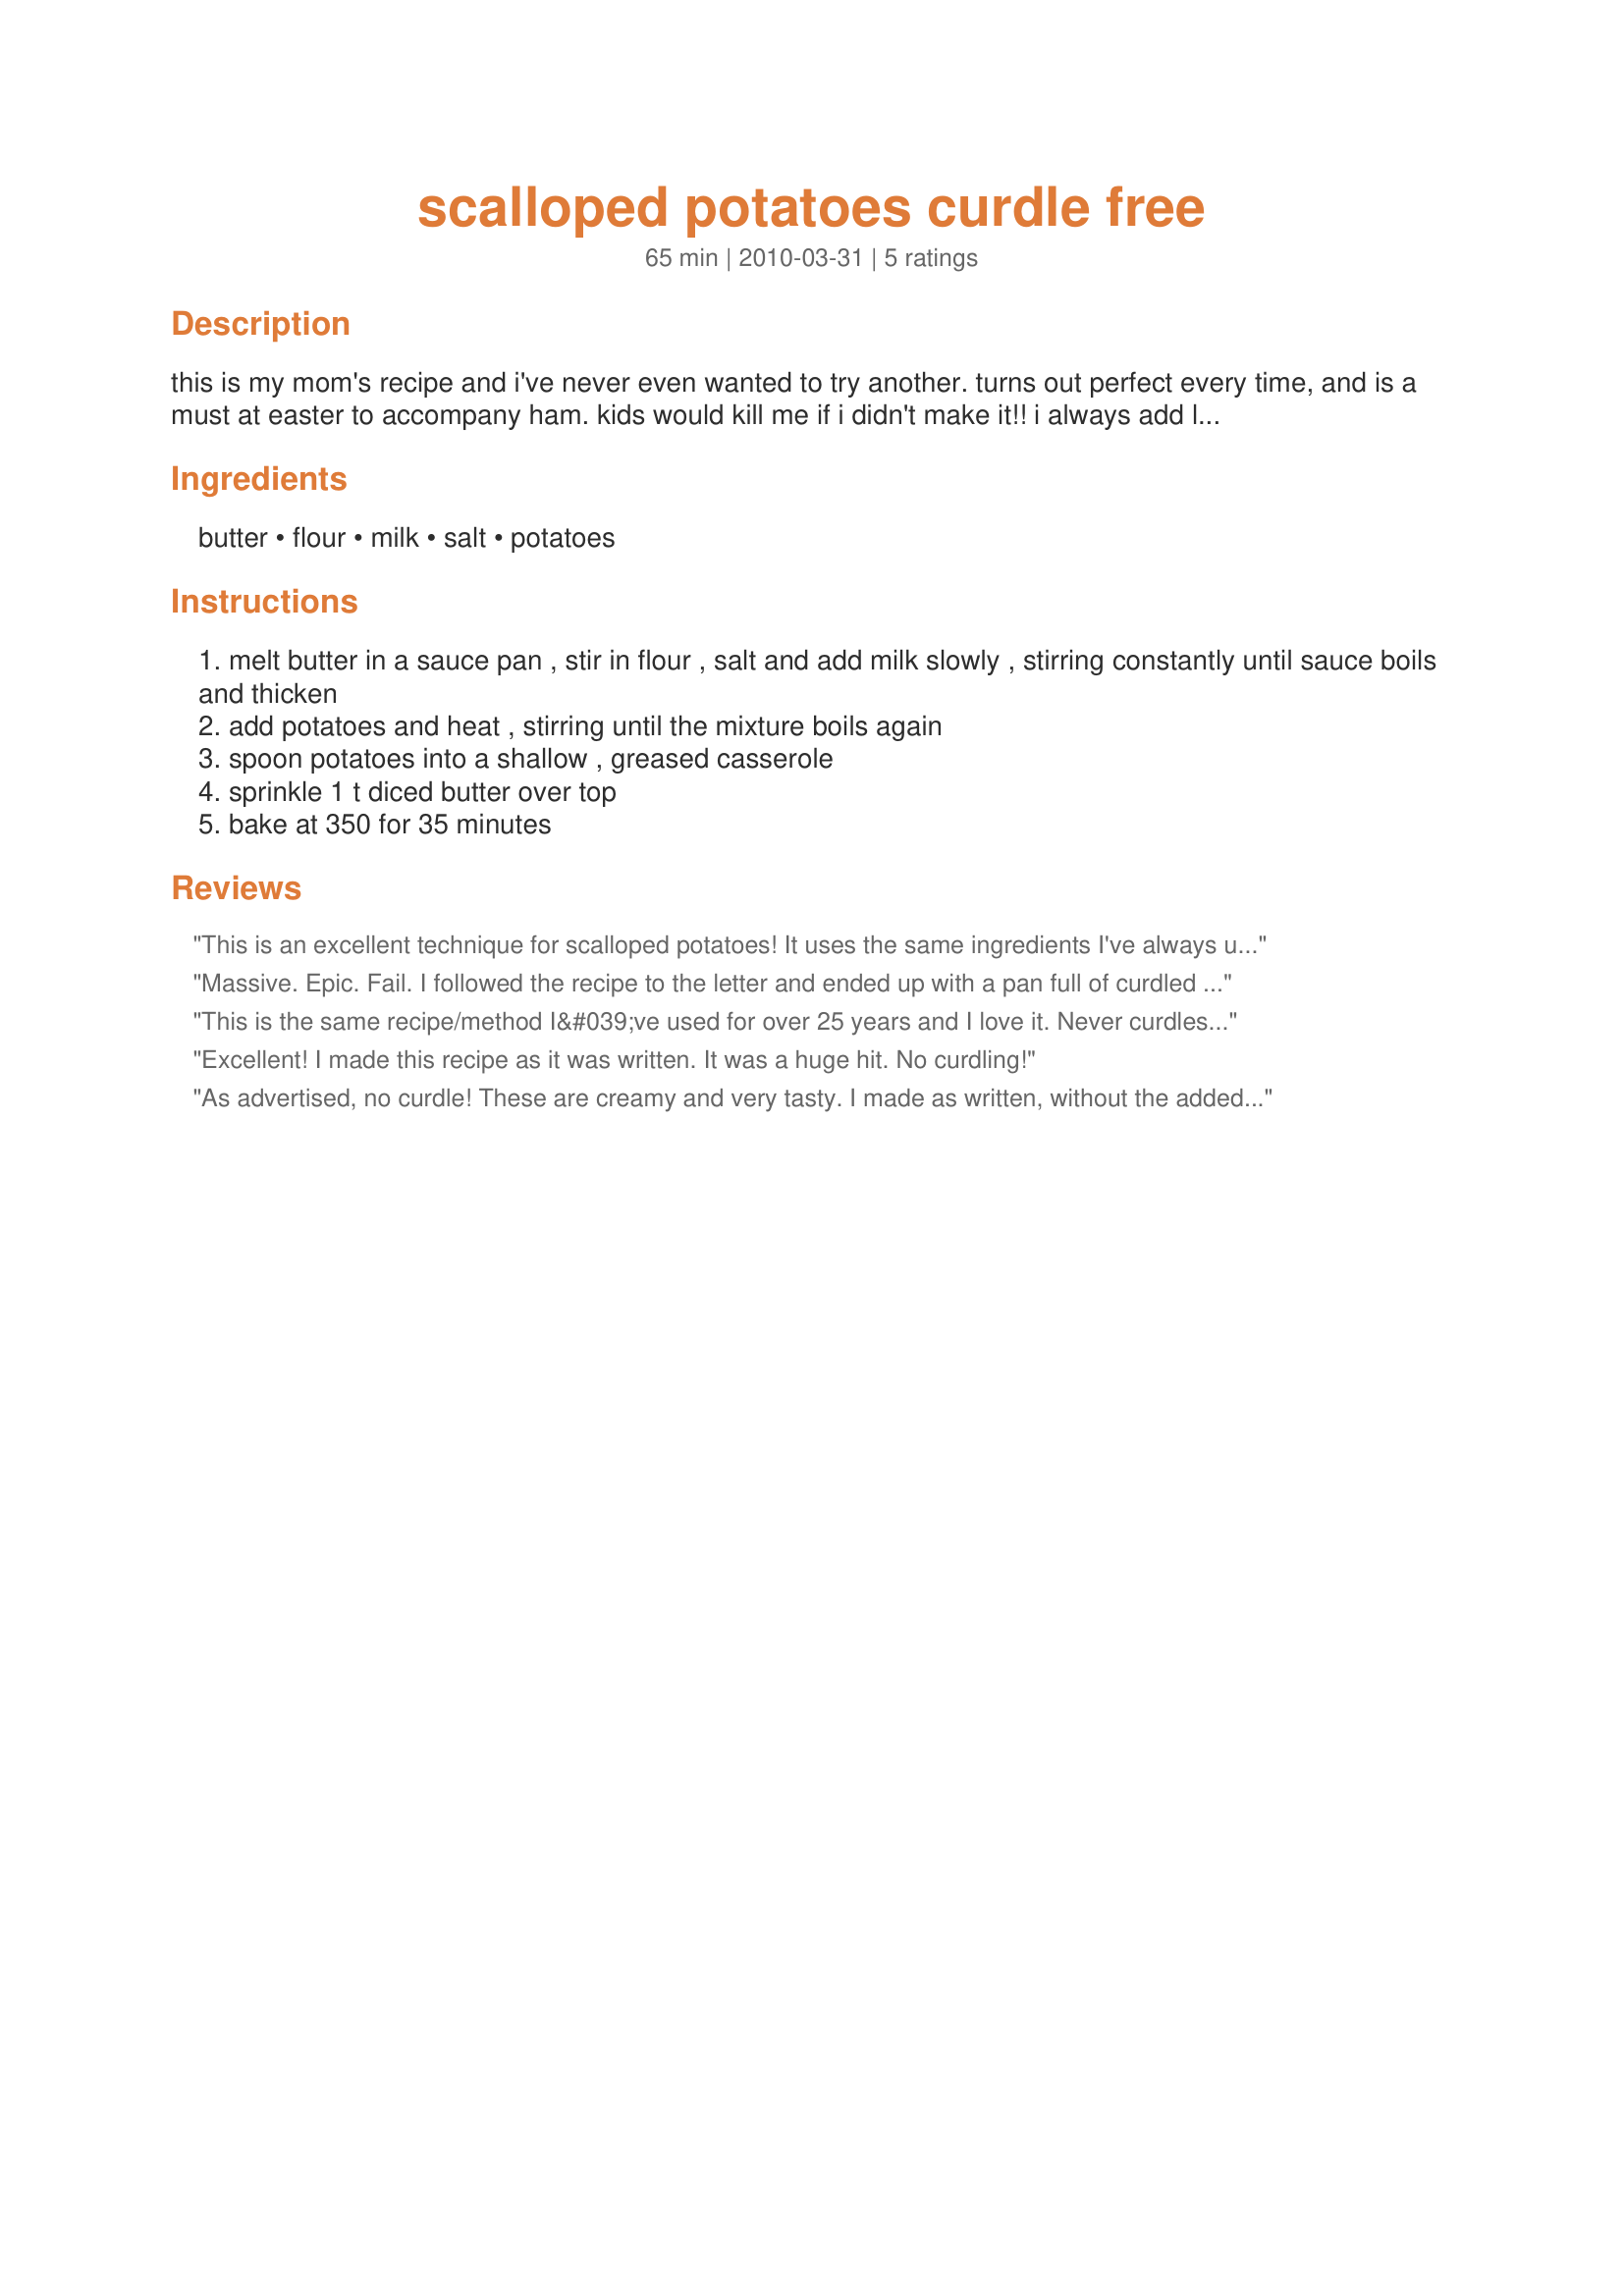
scalloped potatoes curdle free
Preparation time: 65 minutes

this is my mom's recipe and i've never even wanted to try another. turns out perfect every time, and is a must at easter to accompany ham. kids would kill me if i didn't make it!! i always add lots of thinly sliced onion (ratio 4 cups potato, 2 cups onion!), but i'll submit the recipe as is. not quite sure how to post yield!

Ingredients:
butter, flour, milk, salt, potatoes

Steps:
melt butter in a sauce pan , stir in flour , salt and add milk slowly , stirring constantly until sauce boils and thicken
add potatoes and heat , stirring until the mixture boils again
spoon potatoes into a shallow , greased casserole
sprinkle 1 t diced butter over top
bake at 350 for 35 minutes

Reviews:
This is an excellent technique for scalloped potatoes! It uses the same ingredients I've always used, in addition to the onions and ham we like in it, so the only difference was that it was considerably creamier, which we really appreciated. And it was much easier to put together than the layering technique I've used for 50 years. Thanks!
Massive. Epic. Fail. I followed the recipe to the letter and ended up with a pan full of curdled slop with potatoes the consistency of paste. I&#039;ve been cooking for over 40 years and can&#039;t remember the last time a recipe failed so badly.
This is the same recipe/method I&#039;ve used for over 25 years and I love it. Never curdles. I always bake it 1 hour and 15 minutes, though. I loosely cover the dish with a piece of foil for the first 30, then remove so the top browns. I&#039;ve tried it with a layer of caramelized onions in the center which is really wonderful, too. I add half of the potato/sauce mixture into the baking dish, sprinkle caramelized onions over top, then layer on the rest of the potato/sauce mixture. Smells as good as it tastes.
Excellent! I made this recipe as it was written. It was a huge hit. No curdling!
As advertised, no curdle! These are creamy and very tasty. I made as written, without the added onion, since I was serving with a dish very heavy in onions. I am going to try this again with some fresh chopped chives, also! Mine did take about 20 minutes longer than stated to cook. Made for Spring 2010 PAC.
